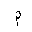
Letter: _mim